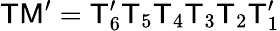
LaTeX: \mathsf{TM}^{\prime}=\mathsf{T}_{6}^{\prime}\mathsf{T}_{5}\mathsf{T}_{4}\mathsf{T}_{3}\mathsf{T}_{2}\mathsf{T}_{1}^{\prime}